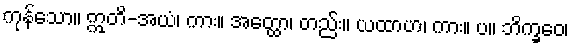
ကုန်သော။ ဣတိ-အယံ၊ ကား။ အတ္ထော၊ တည်း။ ယထာဟ၊ ကား။ ပ။ ဘိက္ခဝေ၊